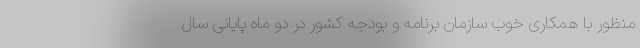
منظور با همکاری خوب سازمان برنامه و بودجه کشور در دو ماه پایانی سال